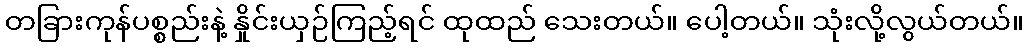
တခြားကုန်ပစ္စည်းနဲ့ နှိုင်းယှဉ်ကြည့်ရင် ထုထည် သေးတယ်။ ပေါ့တယ်။ သုံးလို့လွယ်တယ်။